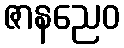
ဇာနညေဝ